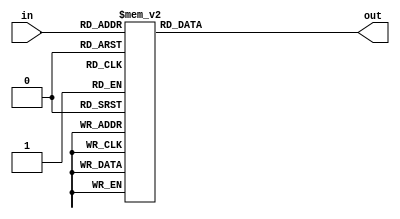
/*
 * Time  : 2020/03/04
 * function: caculate ln(in0)
*/

module exp_log(
    // out = round(-2ln2*in * 2^8)
    input [6:0] in,         // in (1,6,0)
    output reg [14:0] out  // out(1,0,14)
    );
    
    always@(*) begin
        case(in)
            7'd   0:out =  15'd     0;
            7'd   1:out = -15'd   355;
            7'd   2:out = -15'd   710;
            7'd   3:out = -15'd  1065;
            7'd   4:out = -15'd  1420;
            7'd   5:out = -15'd  1774;
            7'd   6:out = -15'd  2129;
            7'd   7:out = -15'd  2484;
            7'd   8:out = -15'd  2839;
            7'd   9:out = -15'd  3194;
            7'd  10:out = -15'd  3549;
            7'd  11:out = -15'd  3904;
            7'd  12:out = -15'd  4259;
            7'd  13:out = -15'd  4614;
            7'd  14:out = -15'd  1968;
            7'd  15:out = -15'd  5323;
            7'd  16:out = -15'd  5678;
            7'd  17:out = -15'd  6033;
            7'd  18:out = -15'd  6388;
            7'd  19:out = -15'd  6743;
            7'd  20:out = -15'd  7098;
            7'd  21:out = -15'd  7453;
            7'd  22:out = -15'd  7808;
            7'd  23:out = -15'd  8163;
            7'd  24:out = -15'd  8517;
            7'd  25:out = -15'd  8872;
            7'd  26:out = -15'd  9227;
            7'd  27:out = -15'd  9582;
            7'd  28:out = -15'd  9937;
            7'd  29:out = -15'd 10292;
            7'd  30:out = -15'd 10647;
            7'd  31:out = -15'd 11002;
            7'd  32:out = -15'd 11357;
            7'd  33:out = -15'd 11711;
            7'd  34:out = -15'd 12066;
            7'd  35:out = -15'd 12421;
            7'd  36:out = -15'd 12776;
            7'd  37:out = -15'd 13131;
            7'd  38:out = -15'd 13486;
            7'd  39:out = -15'd 13841;
            7'd  40:out = -15'd 14196;
            7'd  41:out = -15'd 14551;
            7'd  42:out = -15'd 14905;
            7'd  43:out = -15'd 15260;
            7'd  44:out = -15'd 15615;
            7'd  45:out = -15'd 15970;
            7'd  46:out = -15'd 16325;
            7'd  47:out = -15'd 16384;
            7'd  48:out = -15'd 16384;
            7'd  49:out = -15'd 16384;
            7'd  50:out = -15'd 16384;
            7'd  51:out = -15'd 16384;
            7'd  52:out = -15'd 16384;
            7'd  53:out = -15'd 16384;
            7'd  54:out = -15'd 16384;
            7'd  55:out = -15'd 16384;
            7'd  56:out = -15'd 16384;
            7'd  57:out = -15'd 16384;
            7'd  58:out = -15'd 16384;
            7'd  59:out = -15'd 16384;
            7'd  60:out = -15'd 16384;
            7'd  61:out = -15'd 16384;
            7'd  62:out = -15'd 16384;
            7'd  63:out = -15'd 16384;
            7'd  64:out =  15'd 16383;        // index = 64(-64),1638. saturate to 16383
            7'd  65:out =  15'd 16383;
            7'd  66:out =  15'd 16383;
            7'd  67:out =  15'd 16383;
            7'd  68:out =  15'd 16383;
            7'd  69:out =  15'd 16383;
            7'd  70:out =  15'd 16383;
            7'd  71:out =  15'd 16383;
            7'd  72:out =  15'd 16383;
            7'd  73:out =  15'd 16383;
            7'd  74:out =  15'd 16383;
            7'd  75:out =  15'd 16383;
            7'd  76:out =  15'd 16383;
            7'd  77:out =  15'd 16383;
            7'd  78:out =  15'd 16383;
            7'd  79:out =  15'd 16383;
            7'd  80:out =  15'd 16383;
            7'd  81:out =  15'd 16383;
            7'd  82:out =  15'd 16325;
            7'd  83:out =  15'd 15970;
            7'd  84:out =  15'd 15615;
            7'd  85:out =  15'd 15260;
            7'd  86:out =  15'd 14905;
            7'd  87:out =  15'd 14551;
            7'd  88:out =  15'd 14196;
            7'd  89:out =  15'd 13841;
            7'd  90:out =  15'd 13486;
            7'd  91:out =  15'd 13131;
            7'd  92:out =  15'd 12776;
            7'd  93:out =  15'd 12421;
            7'd  94:out =  15'd 12066;
            7'd  95:out =  15'd 11711;
            7'd  96:out =  15'd 11357;
            7'd  97:out =  15'd 11002;
            7'd  98:out =  15'd 10647;
            7'd  99:out =  15'd 10292;
            7'd 100:out =  15'd 9937;
            7'd 101:out =  15'd 9582;
            7'd 102:out =  15'd 9227;
            7'd 103:out =  15'd 8872;
            7'd 104:out =  15'd 8517;
            7'd 105:out =  15'd 8163;
            7'd 106:out =  15'd 7808;
            7'd 107:out =  15'd 7453;
            7'd 108:out =  15'd 7098;
            7'd 109:out =  15'd 6743;
            7'd 110:out =  15'd 6388;
            7'd 111:out =  15'd 6033;
            7'd 112:out =  15'd 5678;
            7'd 113:out =  15'd 5323;
            7'd 114:out =  15'd 4968;
            7'd 115:out =  15'd 4614;
            7'd 116:out =  15'd 4259;
            7'd 117:out =  15'd 3904;
            7'd 118:out =  15'd 3549;
            7'd 119:out =  15'd 3194;
            7'd 120:out =  15'd 2839;
            7'd 121:out =  15'd 2484;
            7'd 122:out =  15'd 2129;
            7'd 123:out =  15'd 1774;
            7'd 124:out =  15'd 1420;
            7'd 125:out =  15'd 1065;
            7'd 126:out =  15'd 710;
            7'd 127:out =  15'd 355;           // index = 127(-1) ,355
            default: out = 15'd0;
        endcase
    end
    
endmodule